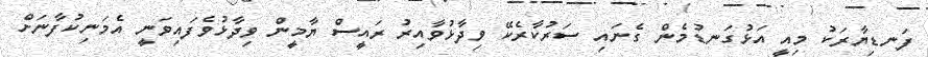
ފަނޑިޔާރަކު މިއީ އަޅުގަނޑުމެން ގެނައި ސަރުކާރެކޭ ވިދާޅުވާއިރު ރައީސް ޔާމީން ވިދާޅުވެފައިވަނީ އެމަނިކުފާނަށް